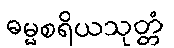
ဓမ္မစရိယသုတ္တံ